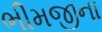
ભીમજીના